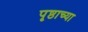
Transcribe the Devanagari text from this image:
पृष्ठाच्या